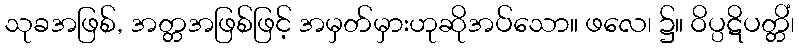
သုခအဖြစ်, အတ္တအဖြစ်ဖြင့် အမှတ်မှားဟုဆိုအပ်သော။ ဖလေ၊ ၌။ ဝိပ္ပဋိပတ္တိံ၊